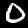
Label: 0